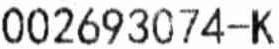
002693074-K